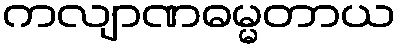
ကလျာဏဓမ္မတာယ